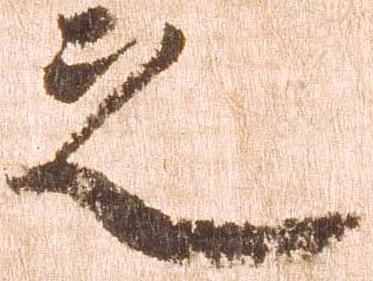
之